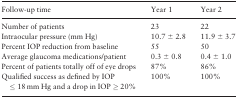
<table><thead><tr><td><b>Follow-up time</b></td><td><b>Year 1</b></td><td><b>Year 2</b></td></tr></thead><tbody><tr><td>Number of patients</td><td>23</td><td>22</td></tr><tr><td>Intraocular pressure (mm Hg)</td><td>10.7 ± 2.8</td><td>11.9 ± 3.7</td></tr><tr><td>Percent IOP reduction from baseline</td><td>55</td><td>50</td></tr><tr><td>Average glaucoma medications/patient</td><td>0.3 ± 0.8</td><td>0.4 ± 1.0</td></tr><tr><td>Percent of patients totally off of eye drops</td><td>87%</td><td>86%</td></tr><tr><td>Qualified success as defined by IOP ≤ 18 mm Hg and a drop in IOP ≥ 20%</td><td>100%</td><td>100%</td></tr></tbody></table>